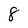
Character: 8